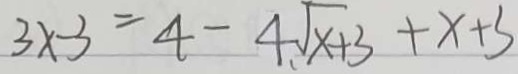
3 \times - 3 = 4 - 4 \sqrt { x + 3 } + x + 3